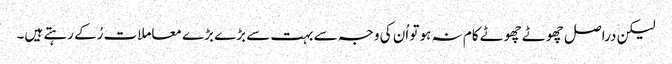
لیکن دراصل چھوٹے چھوٹے کام نہ ہو تو اُن کی وجہ سے بہت سے بڑے بڑے معاملات رُکے رہتے ہیں۔